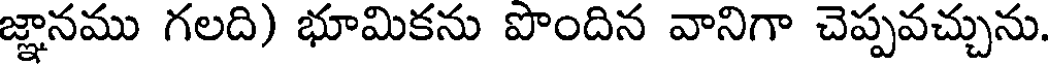
జ్ఞానము గలది) భూమికను పొందిన వానిగా చెప్పవచ్చును